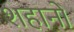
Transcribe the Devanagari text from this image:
शहानो